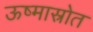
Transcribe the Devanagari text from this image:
ऊष्मास्रोत